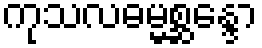
ကုသလဓမ္မစ္ဆန္ဒော